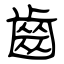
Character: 齒